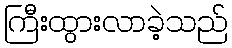
ကြီးထွားလာခဲ့သည်